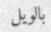
بالويل